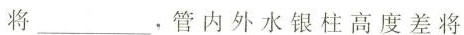
将___，管内外水银柱高度差将